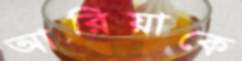
আরিয়াকে